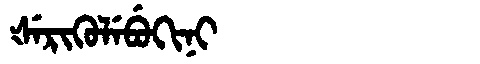
Manchu: ᡧᡝᡵᡳᡴᡠᠯᡝᠪᡠᡴᡳᠨᡳ
Romanization: ŠERIKULEBUKINI